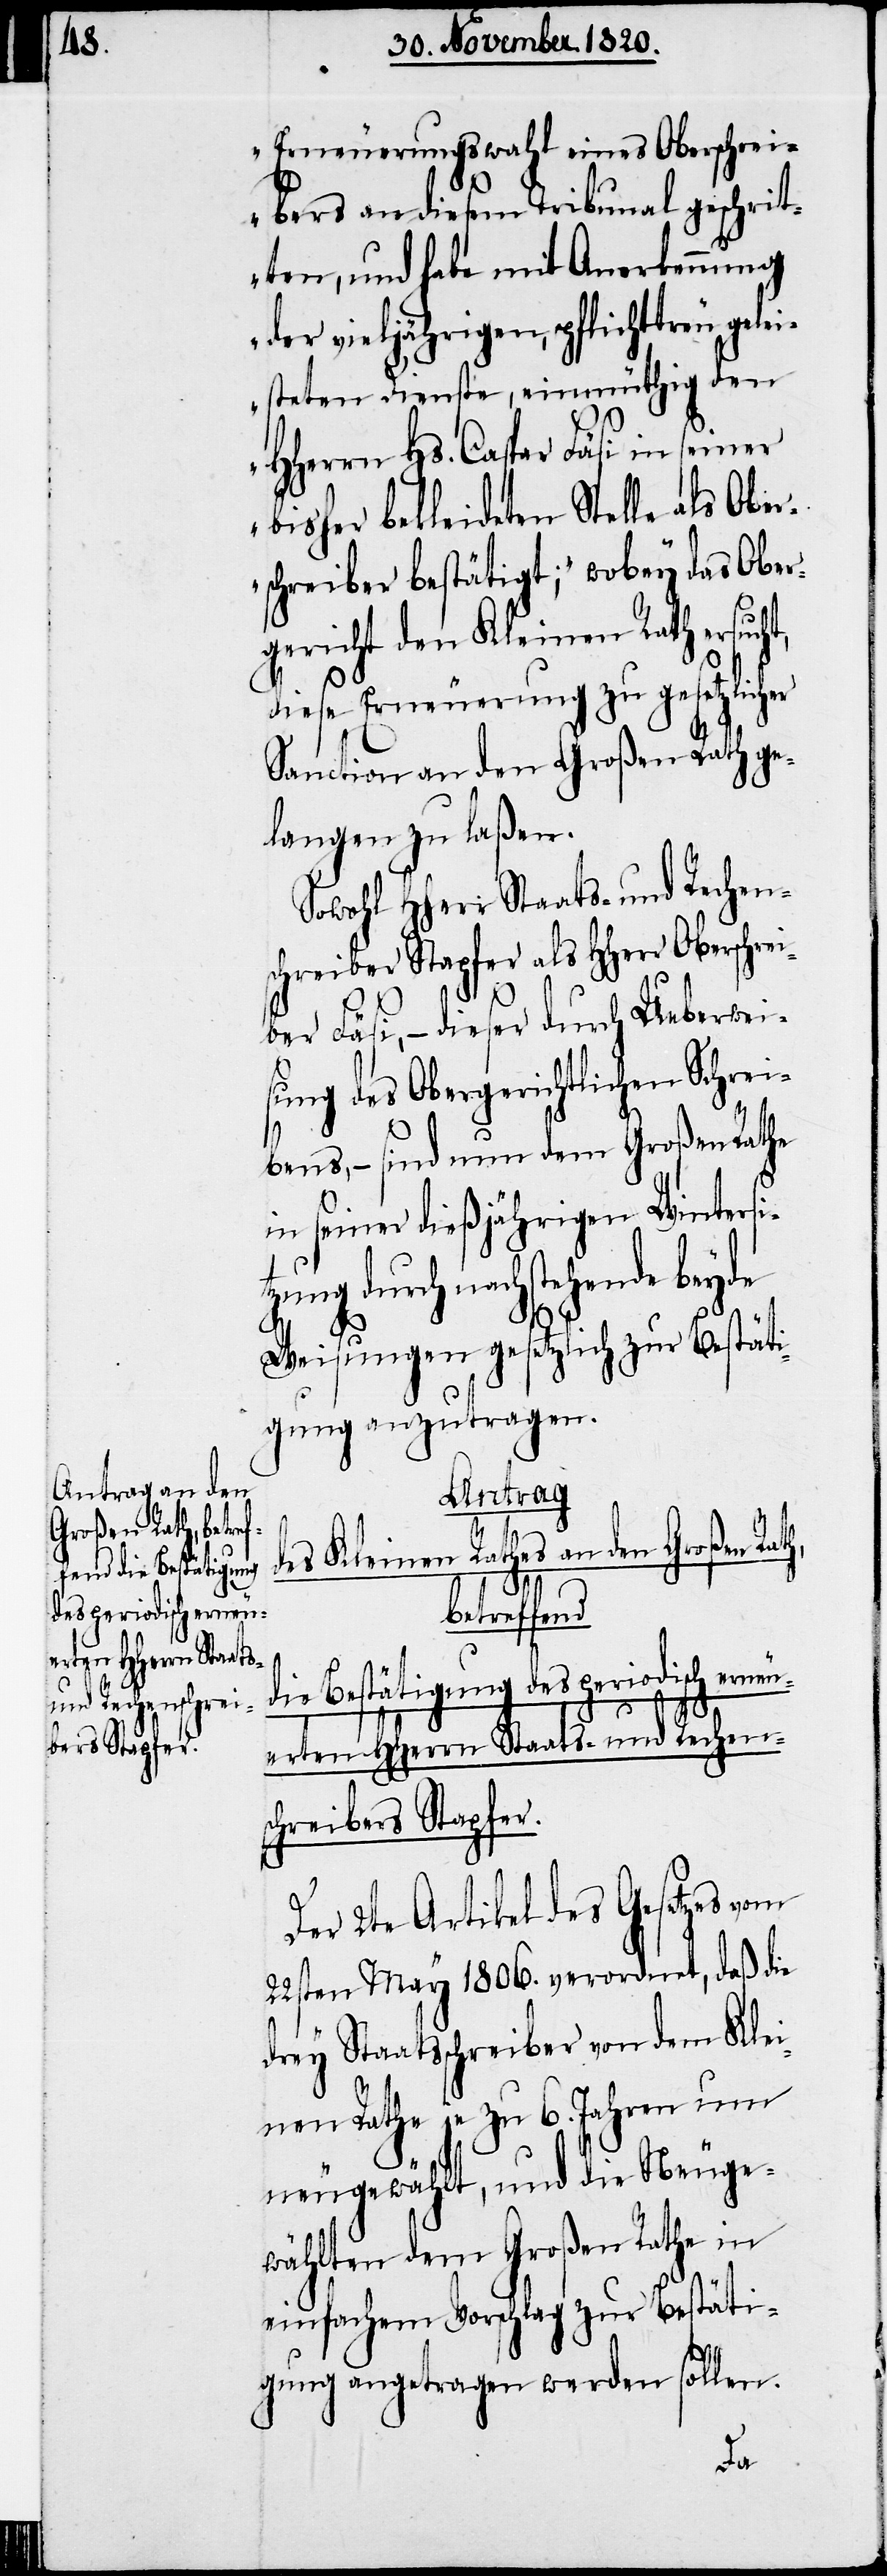
Erneuerungswahl eines Oberschrei¬
bers an diesem Tribunal geschrit¬
ten, und habe mit Anerkennung
der vieljährigen, pflichttreu gel¬
eisteten Dienste, einmüthig den
HHerrn Hs. Caspar Läsi in seiner
bisher bekleideten Stelle als Ober¬
schreiber bestätigt;“ wobey das Ober¬
gericht den Kleinen Rath ersuc¬
diese Erneuerung zu gesetzlicher
Sanction an den Großen Rath ge¬
langen zu laßen.
Sowohl HHerr Staats- und Rechen¬
schreiber Stapfer als HHerr Oberschre¬
iber Läsi, – dieser durch Ueberwei¬
sung des Obergerichtlichen Schrei¬
bens, – sind nun dem Großen Rathe
in seiner dießjährigen Wintersi¬
tzung durch nachstehende beyde
Weisungen gesetzlich zur Bestäti¬
gung anzutragen.
Antrag
des Kleinen Rathes an den Großen Ra¬
th,
betreffend
die Bestätigung des periodisch erneu¬
erten HHerrn Staats- und Rechen¬
schreibers Stapfer.
Der 2te Artikel des Gesetzes vom
22sten May 1806. verordnet, daß die
drey Staatsschreiber von dem Klei¬
nen Rathe je zu 6. Jahren um
neugewählt, und die Neuge¬
wählten dem Großen Rathe in
einfachem Vorschlag zu Bestäti¬
gung angetragen werden sollen.